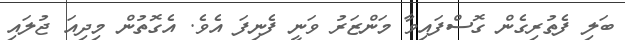
ބަލި ފެތުރިގެން ގޮސްފައިވާ މަންޒަރު ވަނީ ފެނިފަ އެވެ. އެގޮތުން މިދިއަ ޖުލައި